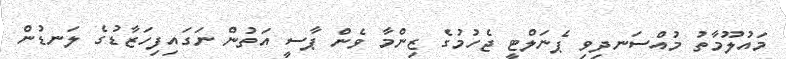
މައުލޫމާތު މުއްސަނދިވި ޕެނަލްޓީ ޖެހުމުގެ ޒިންމާ ވެން ޕާސީ އަތުން ނަގައިފިހަޒާޑުގެ ލަނޑުން